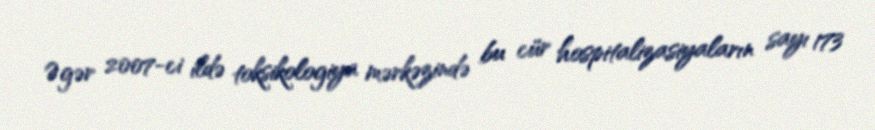
Əgər 2007-ci ildə toksikologiya mərkəzində bu cür hospitalizasiyaların sayı 173